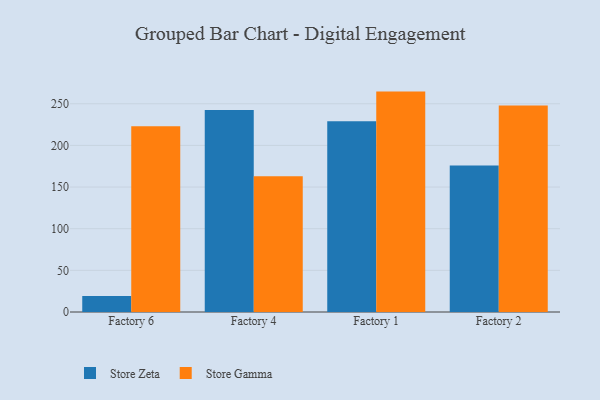
{"axis": {"x": "Factory", "y": "Tickets Resolved"}, "legend": ["Store Gamma", "Store Zeta"], "data": [{"x": "Factory 6", "y": 19.2, "type": "Store Zeta"}, {"x": "Factory 6", "y": 223.1, "type": "Store Gamma"}, {"x": "Factory 4", "y": 242.4, "type": "Store Zeta"}, {"x": "Factory 4", "y": 163.0, "type": "Store Gamma"}, {"x": "Factory 1", "y": 228.9, "type": "Store Zeta"}, {"x": "Factory 1", "y": 264.6, "type": "Store Gamma"}, {"x": "Factory 2", "y": 175.8, "type": "Store Zeta"}, {"x": "Factory 2", "y": 247.8, "type": "Store Gamma"}]}